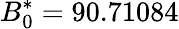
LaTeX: B_{0}^{*}=90.71084